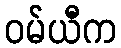
ဝမ်ယီက